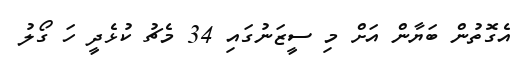
އެގޮތުން ބަޔާން އަށް މި ސީޒަނުގައި 34 މެޗު ކުޅެދީ ހަ ގޯލު